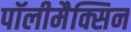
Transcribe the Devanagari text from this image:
पॉलीमैक्सिन